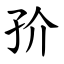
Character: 㜾